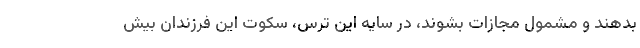
بدهند و مشمول مجازات بشوند، در سايه اين ترس، سكوت اين فرزندان بيش